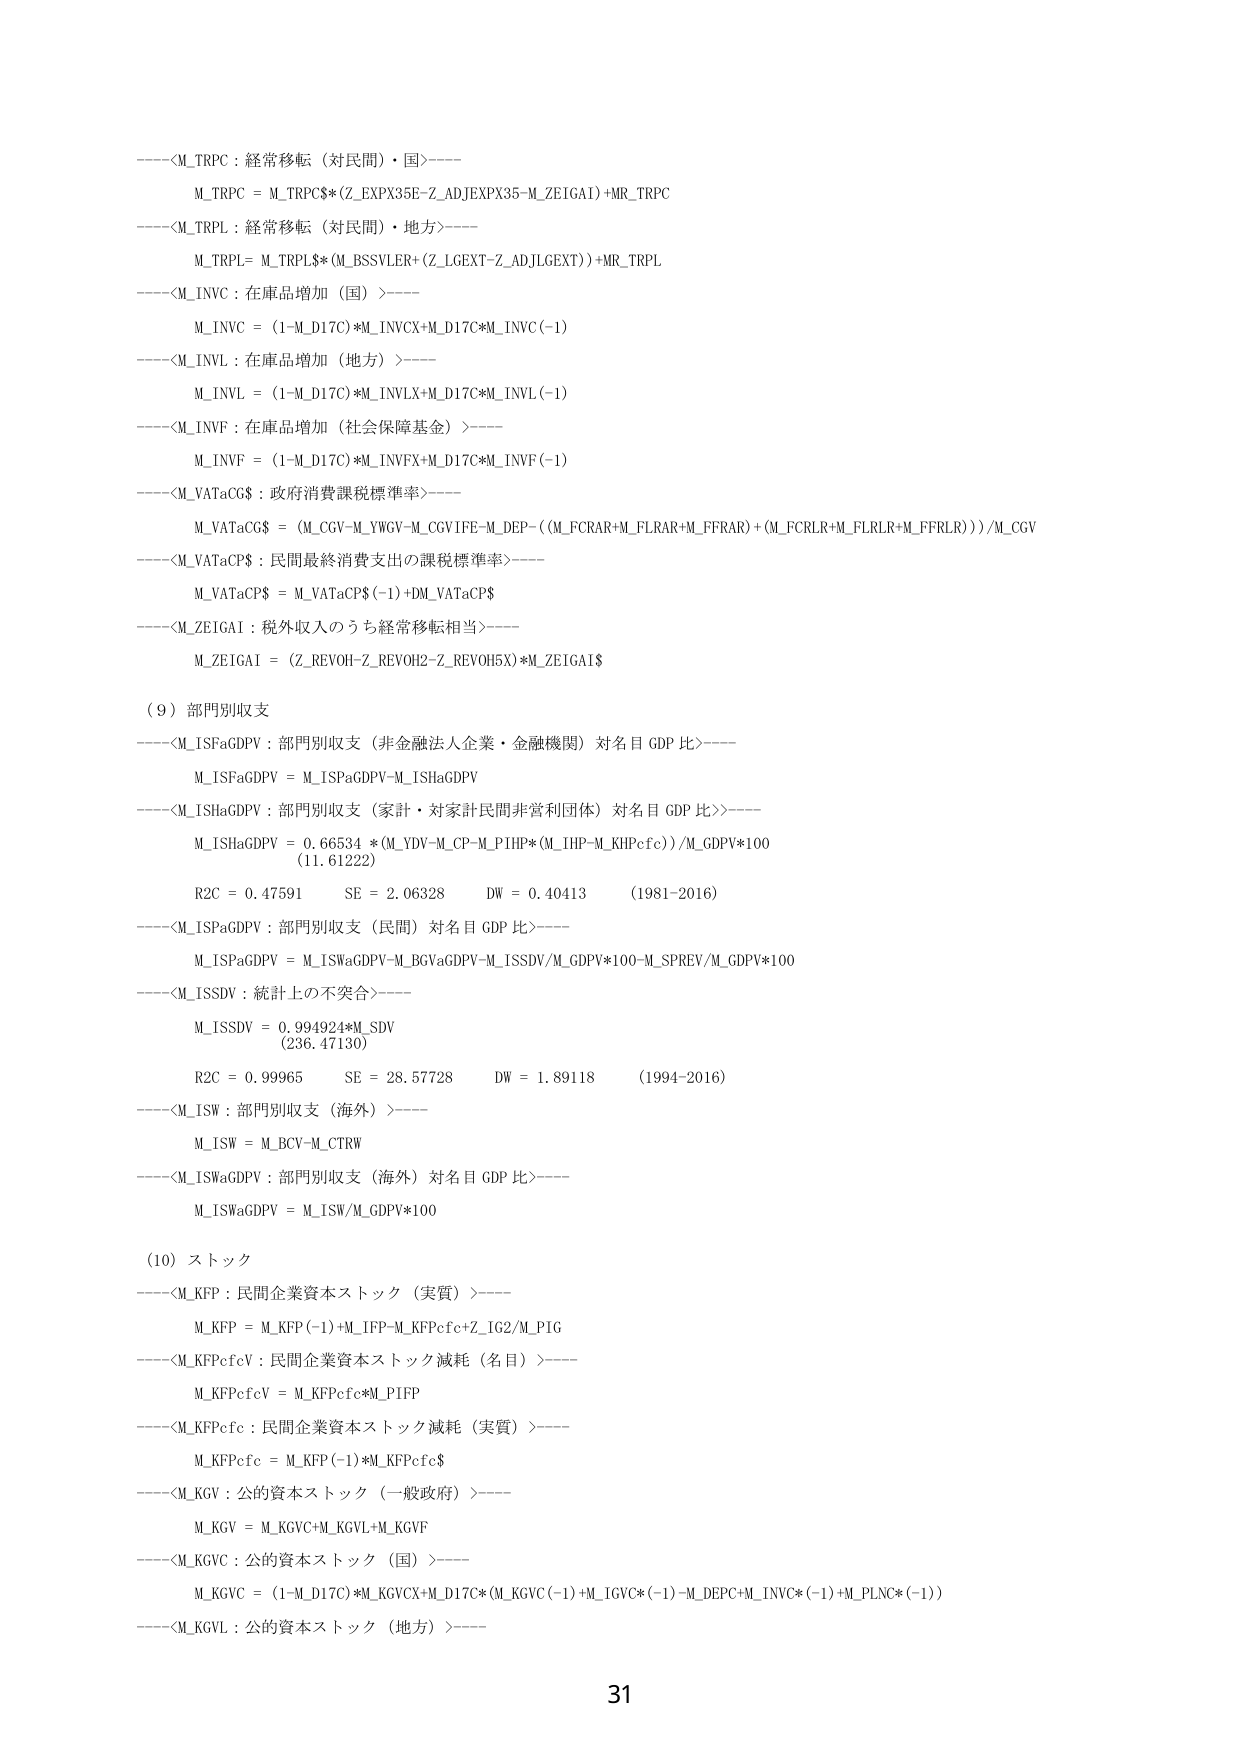
-----<M_TRPC：経常移転（対民間）・国>-----
M_TRPC = M_TRPC$*(Z_EXPX35E-Z_ADJEXPX35-M_ZEIGAI)+MR_TRPC
-----<M_TRPL：経常移転（対民間）・地方>-----
M_TRPL = M_TRPL$*(M_BSSYLER+(Z_LGEXT-Z_ADJLGEXT))+MR_TRPL
-----<M_INVC：在庫品増加（国）>-----
M_INVC = (1-M_D17C)*M_INVCX+M_D17C*M_INVC(-1)
-----<M_INVL：在庫品増加（地方）>-----
M_INVL = (1-M_D17C)*M_INVLX+M_D17C*M_INVL(-1)
-----<M_INVF：在庫品増加（社会保障基金）>-----
M_INVF = (1-M_D17C)*M_INVFX+M_D17C*M_INVF(-1)
-----<M_VATaCG$：政府消費課税標準率>-----
M_VATaCG$ = (M_CGV-M_YWGV-M_CGVIFE-M_DEP-((M_FCRAR+M_FLRAR+M_FFRAR)+(M_FCRLR+M_FLRLR+M_FFRLR)))/M_CGV
-----<M_VATaCP$：民間最終消費支出の課税標準率>-----
M_VATaCP$ = M_VATaCP$(-1)+DM_VATaCP$
-----<M_ZEIGAI：税外収入のうち経常移転相当>-----
M_ZEIGAI = (Z_REVOH-Z_REVOH2-Z_REVOH5X)*M_ZEIGAI$
(9) 部門別収支
-----<M_ISFaGDPV：部門別収支（非金融法人企業・金融機関）対名目GDP比>-----
M_ISFaGDPV = M_ISPaGDPV-M_ISHaGDPV
-----<M_ISHaGDPV：部門別収支（家計・対家計民間非営利団体）対名目GDP比>-----
M_ISHaGDPV = 0.66534*(M_YDV-M_CP-M_P1HP*(M_IHP-M_KHPcfc))/M_GDPV*100
(11.61222)
R2C = 0.47591      SE = 2.06328      DW = 0.40413      (1981-2016)
-----<M_ISPaGDPV：部門別収支（民間）対名目GDP比>-----
M_ISPaGDPV = M_ISWaGDPV-M_BGVaGDPV-M_ISSDV/M_GDPV*100-M_SPREV/M_GDPV*100
-----<M_ISSDV：統計上の不突合>-----
M_ISSDV = 0.994924*M_SDV
(236.47130)
R2C = 0.99965      SE = 28.57728      DW = 1.89118      (1994-2016)
-----<M_ISW：部門別収支（海外）>-----
M_ISW = M_BCV-M_CTRW
-----<M_ISWaGDPV：部門別収支（海外）対名目GDP比>-----
M_ISWaGDPV = M_ISW/M_GDPV*100
(10) ストック
-----<M_KFP：民間企業資本ストック（実質）>-----
M_KFP = M_KFP(-1)+M_IFP-M_KFPcfc+Z_IG2/M_PIG
-----<M_KFPcfcV：民間企業資本ストック減耗（名目）>-----
M_KFPcfcV = M_KFPcfc*M_PIFP
-----<M_KFPcfc：民間企業資本ストック減耗（実質）>-----
M_KFPcfc = M_KFP(-1)*M_KFPcfc$
-----<M_KGV：公的資本ストック（一般政府）>-----
M_KGV = M_KGVC+M_KGVL+M_KGVF
-----<M_KGVC：公的資本ストック（国）>-----
M_KGVC = (1-M_D17C)*M_KGVCX+M_D17C*(M_KGVC(-1)+M_IGVC*(-1)-M_DEPC+M_INVCC*(-1)+M_PLNC*(-1))
-----<M_KGVL：公的資本ストック（地方）>-----
31